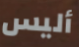
أليس